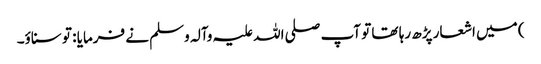
) میں اشعار پڑھ رہا تھا تو آپ صلی اللہ علیہ وآلہ وسلم نے فرمایا : تو سناؤ۔